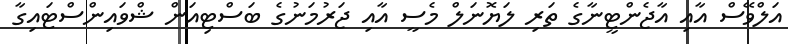
އަލްވޭސް އާއި އާޖެންޓީނާގެ ތަރި ލަޔޮނަލް މެސީ އާއި ޖަރުމަނުގެ ބަސްޓިއަން ޝްވައިންސްޓައިގާ